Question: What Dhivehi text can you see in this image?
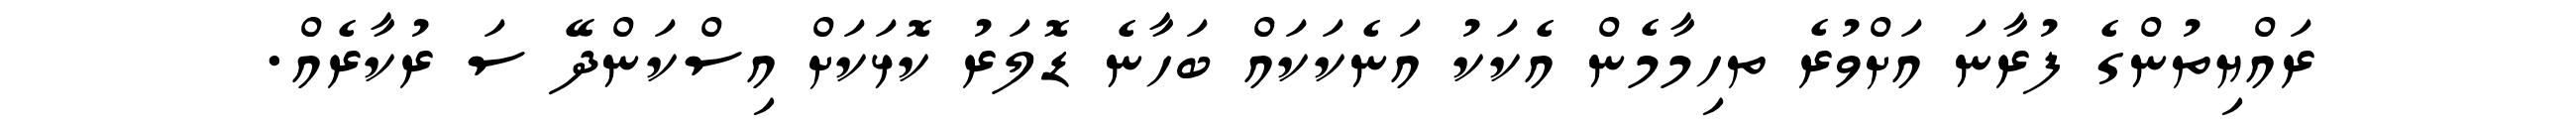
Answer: ރައްޔިތުންގެ ފުރާނަ އަށްވުރެ ތހިމާމެން އެކަކު އަނެކަކައް ބަހާނެ ޑޮލަރު ކޮޅަކަށް އިސްކަންދޭ ސަ ރުކާރެއް.